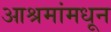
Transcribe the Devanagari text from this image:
आश्रमांमधून